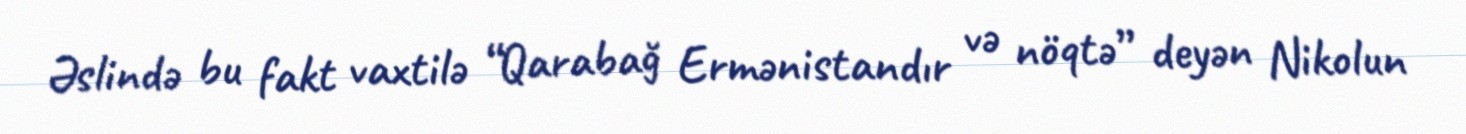
Əslində bu fakt vaxtilə “Qarabağ Ermənistandır və nöqtə” deyən Nikolun